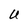
Character: U